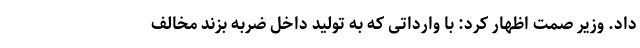
داد. وزیر صمت اظهار کرد: با وارداتی که به تولید داخل ضربه بزند مخالف